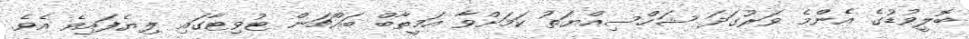
ބޮލީވުޑުގެ އެންމެ ވަރުގަދަ ޝަހްސިއްޔަތު ކަމަށްވާ އަމީތާބް ބައްޗަން ޓުވިޓާގައި ލިޔެފައިވެ އެވެ.